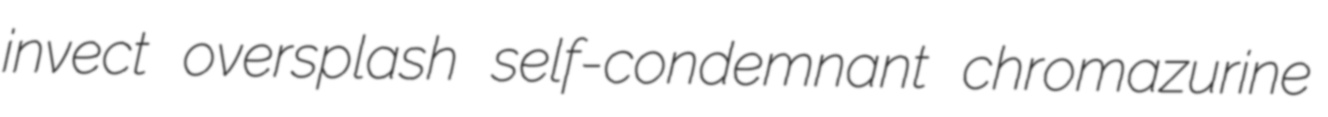
invect oversplash self-condemnant chromazurine